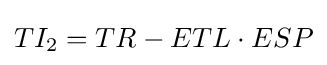
TI_{2}=TR-ETL\cdot ESP